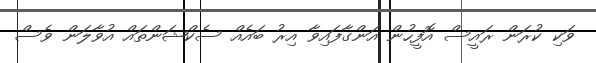
ވަކި ކުރަން ރައީސް އޮފީހުން އަންގާފައިވާ އިރު ބައެއް ސެކްޝަންތައް އުވާލަން ވެސް